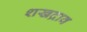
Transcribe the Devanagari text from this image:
शखद्राव